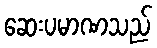
ဆေးပမာဏသည်